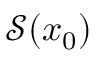
{ \mathcal { S } } ( x _ { 0 } )